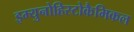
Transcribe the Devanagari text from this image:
इम्युनोहिस्टोकैमिकल